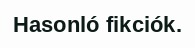
Hasonló fikciók.